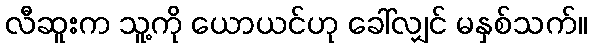
လီဆူးက သူ့ကို ယောယင်ဟု ခေါ်လျှင် မနှစ်သက်။